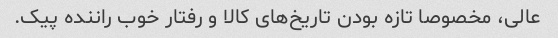
عالی، مخصوصا تازه بودن تاریخ‌های کالا و رفتار خوب راننده پیک.